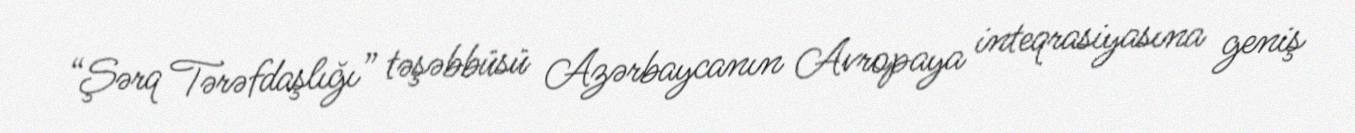
“Şərq Tərəfdaşlığı” təşəbbüsü Azərbaycanın Avropaya inteqrasiyasına geniş